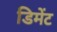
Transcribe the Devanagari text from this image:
डिमेंट